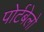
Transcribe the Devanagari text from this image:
पोर्टबेलो